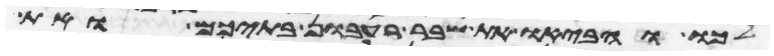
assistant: לכו והביאו את שבר רעבון בתיכם ואת